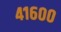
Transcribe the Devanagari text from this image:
४१६००